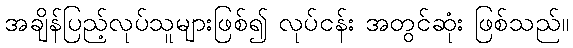
အချိန်ပြည့်လုပ်သူများဖြစ်၍ လုပ်ငန်း အတွင်ဆုံး ဖြစ်သည်။